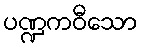
ပဏ္ဍကဝီသော